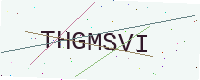
Text: THGMSVI